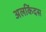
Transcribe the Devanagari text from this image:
अलकिंदस